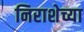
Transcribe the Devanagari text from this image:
निराशेच्या